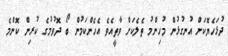
ދުޅަހެޔޮކަށް އުނގުޅުން މުހިންމު ތެލެކަށް ވާތީއެވެ އެހެންކަމުން ބޯ ދޮވުމުގެ ކުރިން ކޮންމެ